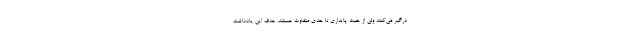
درگیر می‌کنند ولی از حیث پایداری تا حدی متفاوت هستند. هدف این یادداشت